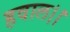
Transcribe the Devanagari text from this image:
हवाल।।